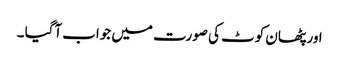
اور پٹھان کوٹ کی صورت میں جواب آگیا ۔